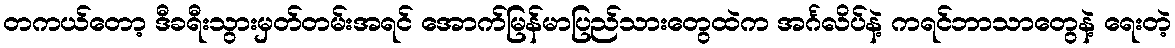
တကယ်တော့ ဒီခရီးသွားမှတ်တမ်းအရင် အောက်မြန်မာပြည်သားတွေထဲက အင်္ဂလိပ်နဲ့ ကရင်ဘာသာတွေနဲ့ ရေးတဲ့